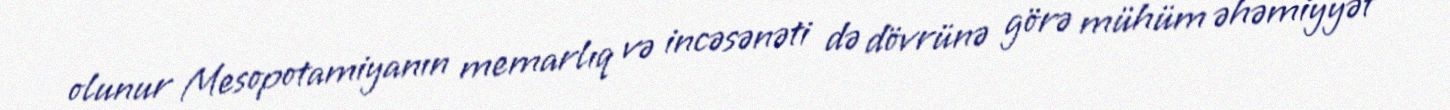
olunur Mesopotamiyanın memarlıq və incəsənəti də dövrünə görə mühüm əhəmiyyət